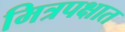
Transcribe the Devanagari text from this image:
मित्रपक्षात